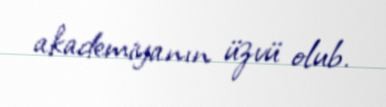
akademiyanın üzvü olub.